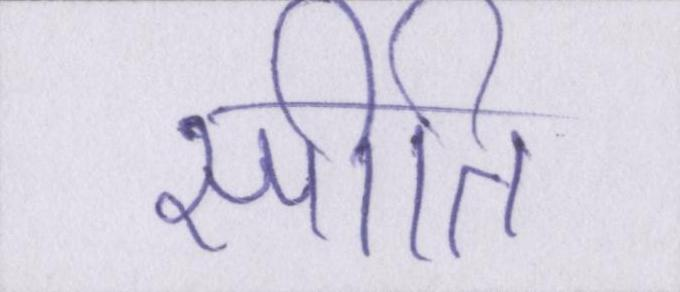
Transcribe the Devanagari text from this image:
स्पीति